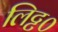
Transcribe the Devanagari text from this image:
लिट्ट०